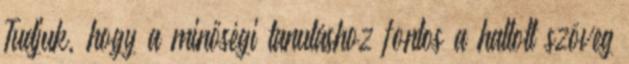
Tudjuk, hogy a minőségi tanuláshoz fontos a hallott szöveg